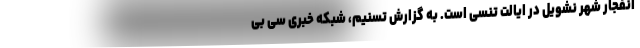
انفجار شهر نشویل در ایالت تنسی است. به گزارش تسنیم، شبکه خبری سی بی